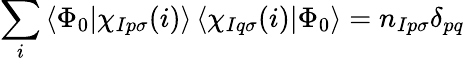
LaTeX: \sum_{i}\left<\Phi_{0}|\chi_{Ip\sigma}(i)\right>\left<\chi_{Iq\sigma}(i)|\Phi_{0}\right>=n_{Ip\sigma}\delta_{pq}